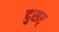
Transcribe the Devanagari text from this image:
दुसर्